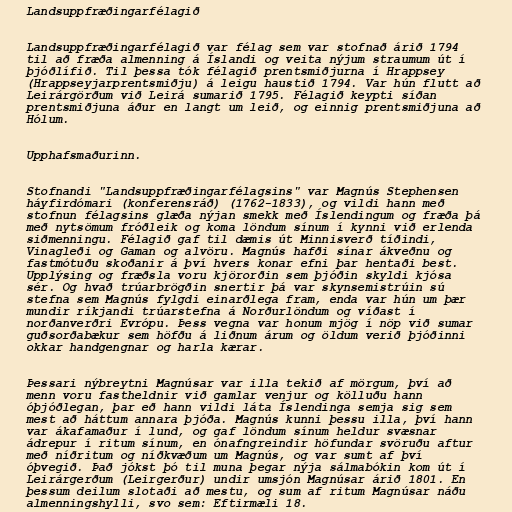
Landsuppfræðingarfélagið

Landsuppfræðingarfélagið var félag sem var stofnað árið 1794
til að fræða almenning á Íslandi og veita nýjum straumum út í
þjóðlífið. Til þessa tók félagið prentsmiðjurna í Hrappsey
(Hrappseyjarprentsmiðju) á leigu haustið 1794. Var hún flutt að
Leirárgörðum við Leirá sumarið 1795. Félagið keypti síðan
prentsmiðjuna áður en langt um leið, og einnig prentsmiðjuna að
Hólum.

Upphafsmaðurinn.

Stofnandi "Landsuppfræðingarfélagsins" var Magnús Stephensen
háyfirdómari (konferensráð) (1762-1833), og vildi hann með
stofnun félagsins glæða nýjan smekk með Íslendingum og fræða þá
með nytsömum fróðleik og koma löndum sínum í kynni við erlenda
siðmenningu. Félagið gaf til dæmis út Minnisverð tíðindi,
Vinagleði og Gaman og alvöru. Magnús hafði sínar ákveðnu og
fastmótuðu skoðanir á því hvers konar efni þar hentaði best.
Upplýsing og fræðsla voru kjörorðin sem þjóðin skyldi kjósa
sér. Og hvað trúarbrögðin snertir þá var skynsemistrúin sú
stefna sem Magnús fylgdi einarðlega fram, enda var hún um þær
mundir ríkjandi trúarstefna á Norðurlöndum og víðast í
norðanverðri Evrópu. Þess vegna var honum mjög í nöp við sumar
guðsorðabækur sem höfðu á liðnum árum og öldum verið þjóðinni
okkar handgengnar og harla kærar.

Þessari nýbreytni Magnúsar var illa tekið af mörgum, því að
menn voru fastheldnir við gamlar venjur og kölluðu hann
óþjóðlegan, þar eð hann vildi láta Íslendinga semja sig sem
mest að háttum annara þjóða. Magnús kunni þessu illa, því hann
var ákafamaður í lund, og gaf löndum sínum heldur svæsnar
ádrepur í ritum sínum, en ónafngreindir höfundar svöruðu aftur
með níðritum og níðkvæðum um Magnús, og var sumt af því
óþvegið. Það jókst þó til muna þegar nýja sálmabókin kom út í
Leirárgerðum (Leirgerður) undir umsjón Magnúsar árið 1801. En
þessum deilum slotaði að mestu, og sum af ritum Magnúsar náðu
almenningshylli, svo sem: Eftirmæli 18.